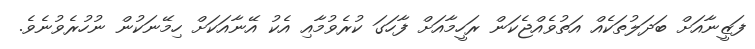
ފަޒީނާއަށް ބަދަލުތަކެއް އަތުވެއްޖެކަން ރަހީމާއަށް ފާހަގަ ކުރެވުމާއި އެކު އޭނާއަކަށް ހިމޭނަކުން ނުހުރެވުނެވެ.